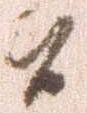
参